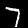
Label: 7